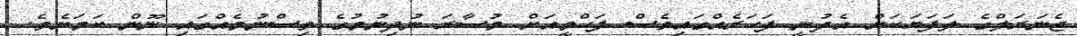
ޖެނަރަލްގެ ލަފަޔަކަށް އެދުނީ ފަހަރެއްގައިވެސް ފަހްމީއަށް މުސާރަ ނުދިނުމުގެ ވިސްނުމެއްގައި ނޫން ކަމަށެވެ.